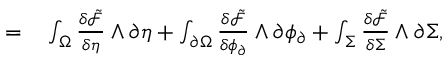
\begin{array} { r l } { = } & { { } \int _ { \Omega } \frac { \delta \tilde { \mathcal { F } } } { \delta \eta } \wedge \partial \eta + \int _ { \partial \Omega } \frac { \delta \tilde { \mathcal { F } } } { \delta \phi _ { \partial } } \wedge \partial \phi _ { \partial } + \int _ { \Sigma } \frac { \delta \tilde { \mathcal { F } } } { \delta \Sigma } \wedge \partial \Sigma , } \end{array}